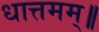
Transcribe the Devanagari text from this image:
धात्तमम्‌॥